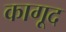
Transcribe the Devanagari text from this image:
कागूद